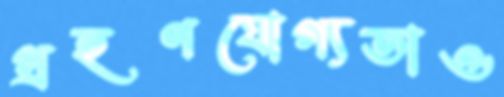
গ্রহণযোগ্যতাও